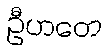
ဦဟတေ